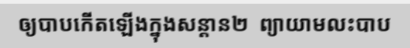
ឲ្យបាបកើតឡើងក្នុងសន្តាន២  ព្យាយាមលះបាប